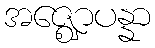
အဇ္ဈောပန္နာ